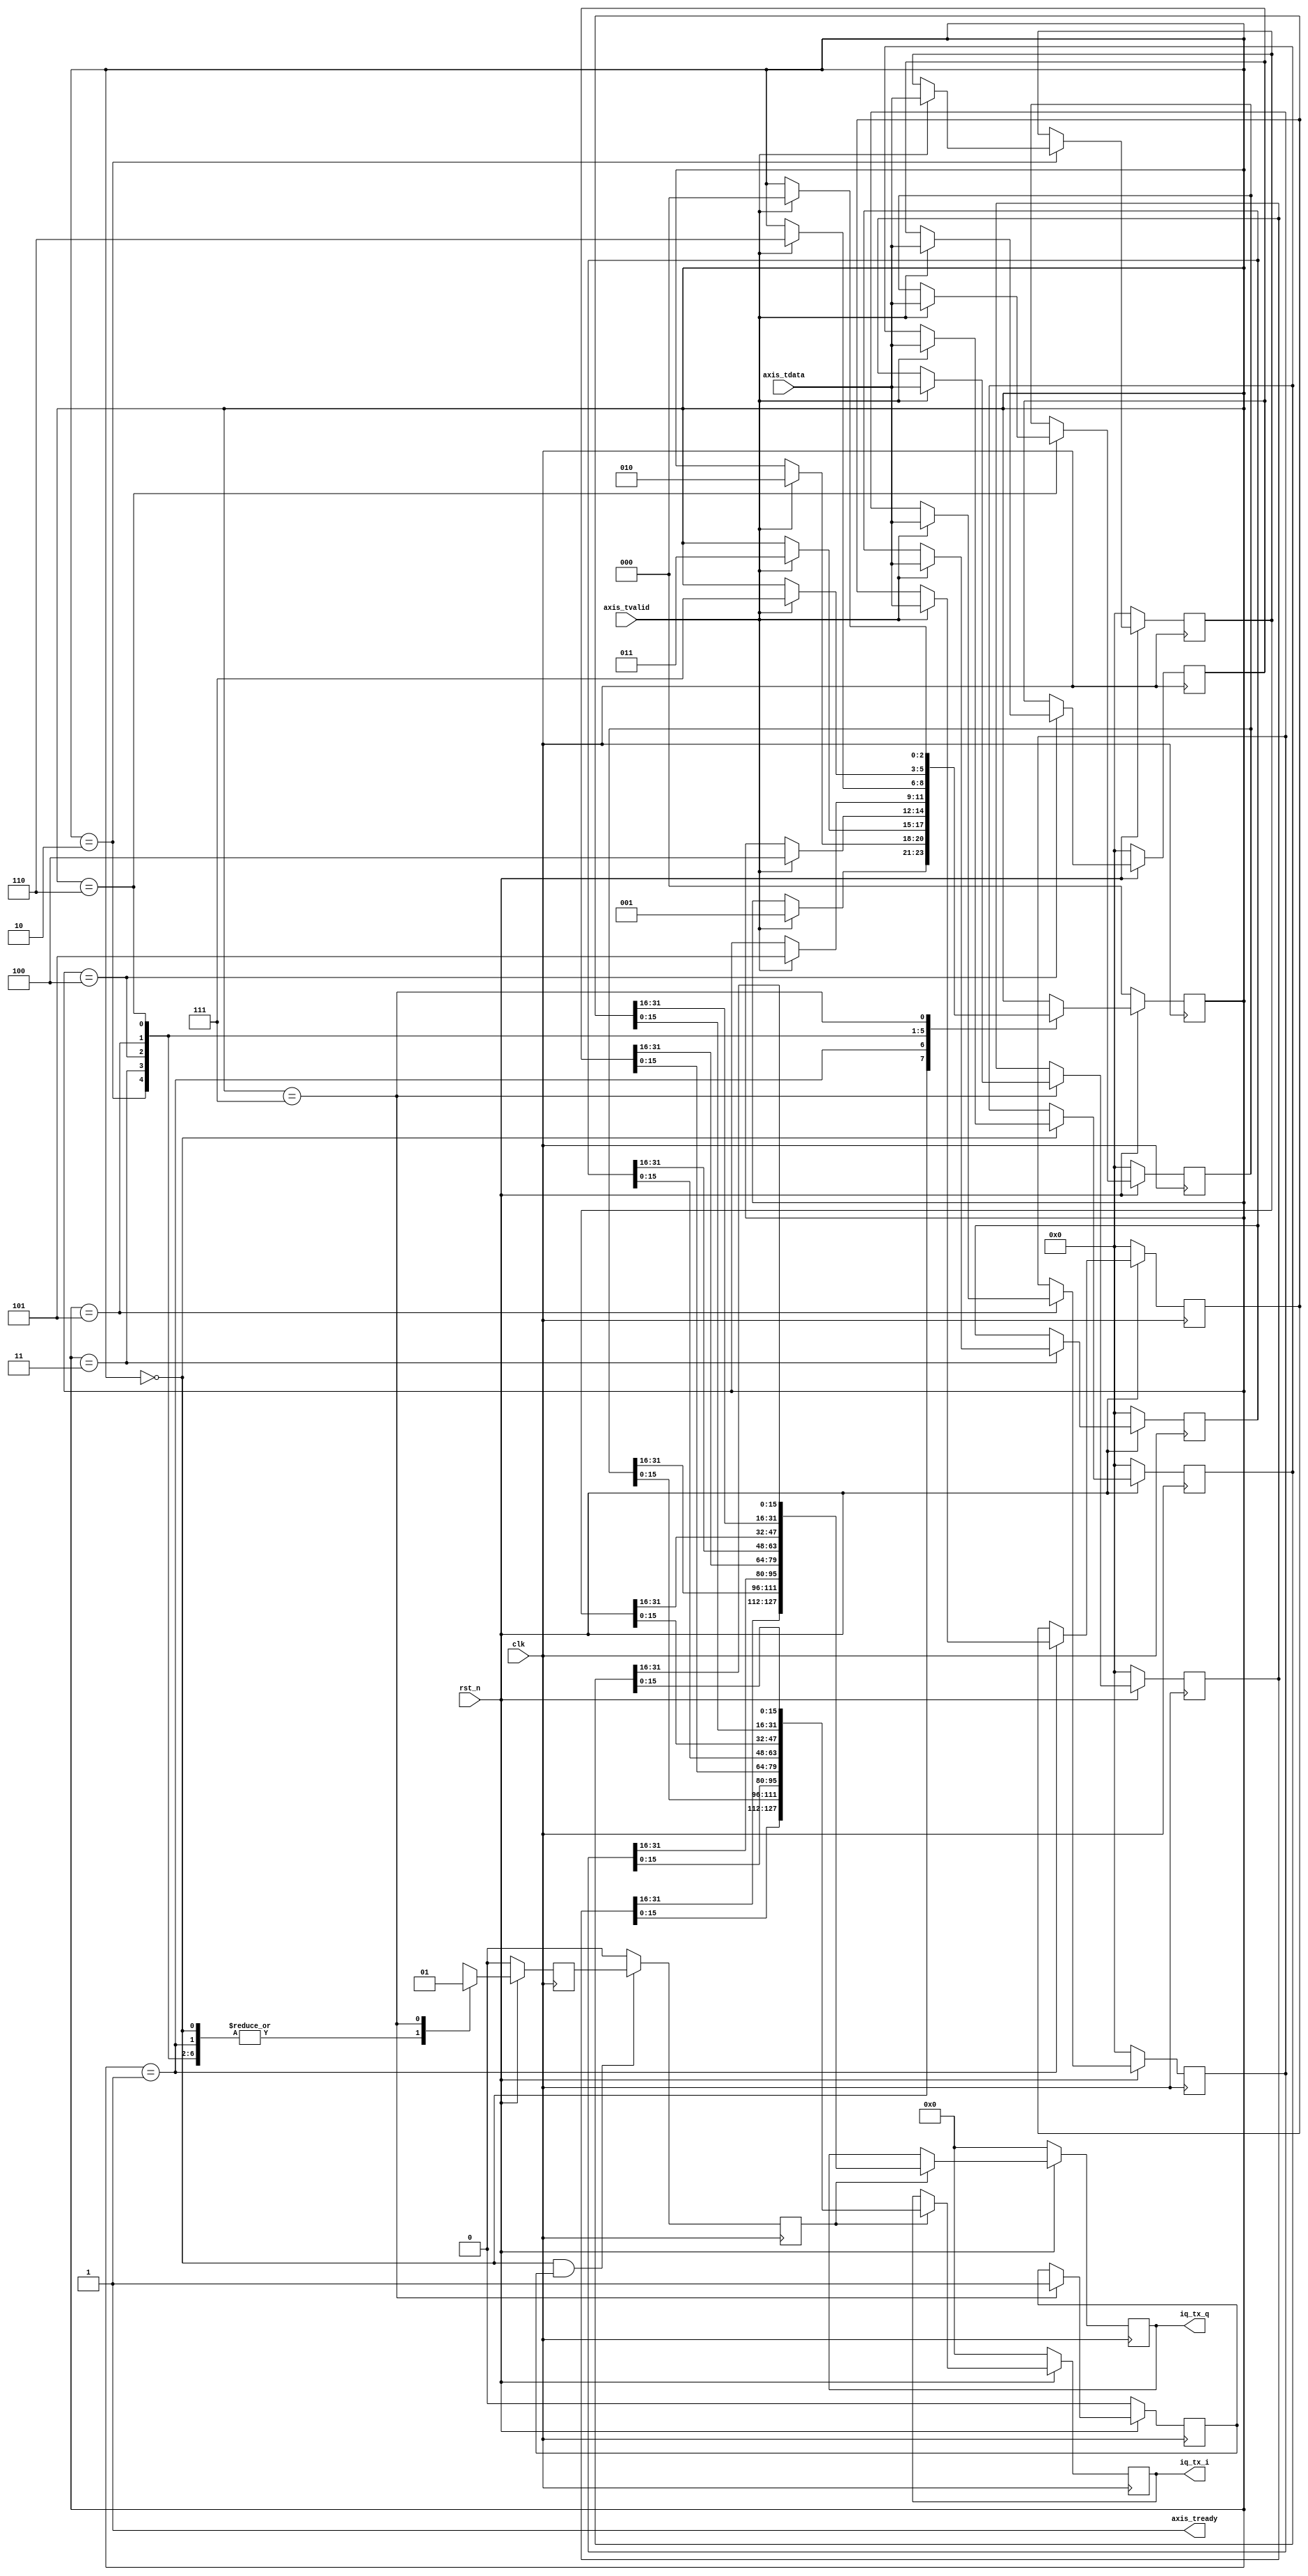
`timescale 1ns / 1ps
//////////////////////////////////////////////////////////////////////////////////
// Company: 
// Engineer: 
// 
// Design Name: 
// Module Name: CPRI_DDC_Adapter
// Project Name: 
// Target Devices: 
// Tool Versions: 
// Description: 
// 
// Dependencies: 
// 
// Revision:
// Revision 0.01 - File Created
// Additional Comments:
// 
//////////////////////////////////////////////////////////////////////////////////


module Adapter_UL(
	input 			clk, rst_n,
	// Port for AXIS DDC
	input [31:0] 	axis_tdata,
	input 			axis_tvalid,

	output 			axis_tready,
	// Port for CPRI
	output reg [127:0] 	iq_tx_i, iq_tx_q
    );
	
	// signal for FSM
//	localparam ZERO = 1'b0, ONE = 1'b1;
//	reg state = ZERO;
    reg [2:0] state;
	reg [31:0] tdata_buf_0, tdata_buf_1, tdata_buf_2, tdata_buf_3,
	           tdata_buf_5, tdata_buf_6, tdata_buf_7, tdata_buf_4;
	assign axis_tready = 1'b1;
	
	reg capture_done_buf;
	reg capture_valid;
    wire latch;

//	reg [4:0] counter = 0;
//    ila_4 ila_adapter_ul (
//        .clk(clk),
//        .probe0(tdata_buf_0),   //5
//        .probe1(tdata_buf_1),   //128         
//        .probe2(capture_done_buf)   //128
//        // .probe3(tdata_buf_3),   //1
//        // .probe4(tdata_buf_4),   //1
//        // .probe5(tdata_buf_5),   //5
//        // .probe6(tdata_buf_6),   // 1
//        // .probe7(tdata_buf_7)    // 32
//    );
    reg capture_done;
	always @(posedge clk) begin
		if (~rst_n) begin
//			counter <= 0;
			state <= 3'd0;
			tdata_buf_0 <= 0;
			tdata_buf_1 <= 0;
			tdata_buf_2 <= 0;
            tdata_buf_3 <= 0;
            tdata_buf_4 <= 0;
            tdata_buf_5 <= 0;
            tdata_buf_6 <= 0;
            tdata_buf_7 <= 0;
            capture_done <= 1'b0;
		end
		else begin
			case (state)
				3'd0: begin
					if (axis_tvalid) begin
						tdata_buf_0 <= axis_tdata;
						state <= 3'd1;
					end
					capture_done <= 1'b0;
				end
				3'd1: begin
					if (axis_tvalid) begin
						tdata_buf_1 <= axis_tdata;
						state <= 3'd2;
					end
					capture_done <= 1'b0;
				end
				3'd2: begin
                    if (axis_tvalid) begin
                        tdata_buf_2 <= axis_tdata;
                        state <= 3'd3;
                    end
                    capture_done <= 1'b0;
                end
				3'd3: begin
                    if (axis_tvalid) begin
                        tdata_buf_3 <= axis_tdata;
                        state <= 3'd4;
                    end
                    capture_done <= 1'b0;
                end
				3'd4: begin
                    if (axis_tvalid) begin
                        tdata_buf_4 <= axis_tdata;
                        state <= 3'd5;
                    end
                    capture_done <= 1'b0;
                end
                3'd5: begin
                    if (axis_tvalid) begin
                        tdata_buf_5 <= axis_tdata;
                        state <= 3'd6;
                    end
                    capture_done <= 1'b0;
                end
                3'd6: begin
                    if (axis_tvalid) begin
                        tdata_buf_6 <= axis_tdata;
                        state <= 3'd7;
                    end
                    capture_done <= 1'b0;
                end
                3'd7: begin
                    if (axis_tvalid) begin
                        tdata_buf_7 <= axis_tdata;
                        state <= 3'd0;
                    end
                    capture_done <= 1'b1;
                end
				default : /* default */;
			endcase
		end
	end
	always @(posedge clk) begin
		if (~rst_n) capture_valid <= 1'b0;
		else if (state == 3'd7) capture_valid <= 1'b1;
	end
	always @(posedge clk) 
		if (state == 3'd0 & capture_valid) capture_done_buf <= capture_done; 
		else capture_done_buf <= 1'b0;
	
	// assign latch = (capture_done_buf &capture_done) ^ capture_done;

	always @(posedge clk) begin
		if (~rst_n) begin
			iq_tx_i <= 128'd0;
			iq_tx_q <= 128'd0;
		end
		else if (capture_done_buf) begin
			iq_tx_i <= {tdata_buf_7[15:0], tdata_buf_6[15:0], tdata_buf_5[15:0], tdata_buf_4[15:0],
	                                    tdata_buf_3[15:0], tdata_buf_2[15:0], tdata_buf_1[15:0], tdata_buf_0[15:0]};
	        iq_tx_q <= {tdata_buf_7[31:16], tdata_buf_6[31:16], tdata_buf_5[31:16], tdata_buf_4[31:16],
                                        tdata_buf_3[31:16], tdata_buf_2[31:16], tdata_buf_1[31:16], tdata_buf_0[31:16]};
		end
	end
	// assign iq_tx_i = (state == 3'd0) ? {tdata_buf_7[15:0], tdata_buf_6[15:0], tdata_buf_5[15:0], tdata_buf_4[15:0],
	//                                     tdata_buf_3[15:0], tdata_buf_2[15:0], tdata_buf_1[15:0], tdata_buf_0[15:0]}: 
	// 					                iq_tx_i;
	// assign iq_tx_q = (state == 3'd0) ? {tdata_buf_7[31:16], tdata_buf_6[31:16], tdata_buf_5[31:16], tdata_buf_4[31:16],
	//                                        tdata_buf_3[31:16], tdata_buf_2[31:16], tdata_buf_1[31:16], tdata_buf_0[31:16]} :
	//                                        iq_tx_q;
endmodule